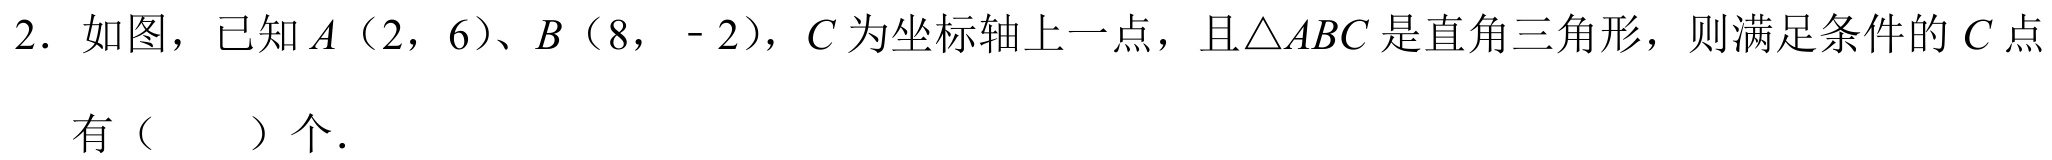
2. 如图，已知\(A\)（\(2,6\)）、\(B\)（\(8,-2\)），\(C\)为坐标轴上一点，且\(\triangle ABC\)是直角三角形，则满足条件的\(C\)点有（  ）个.